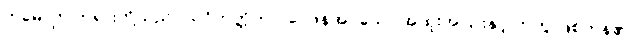
ဣမေ၊ ဤတရားတို့သည်။ သဝိဘတ္တိကာ၊ ဝေဖန်အပ်သော အထူးအပြားနှင့် တကွ ဖြစ်ကုန်၏။